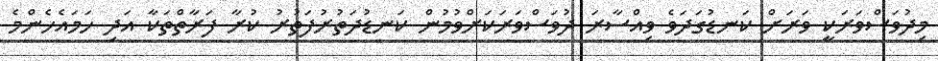
މިދުވަސްވަރަކީ ވަރަށް ކަނޑުގަދަވެ ވިއްސާރަ ދުވަސްވަރަކަށްވުމުން ކަނޑުދަތުރުފަތުރު ކުރާ ފަރާތްތަކާ އަދި ހަމައެހެންމެ